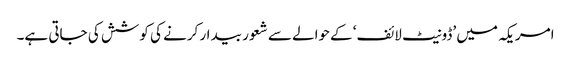
امریکہ میں ’ڈونیٹ لائف‘ کےحوالے سے شعور بیدار کرنے کی کوشش کی جاتی ہے۔